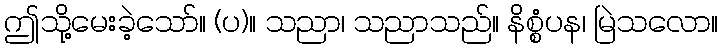
ဤသို့မေးခဲ့သော်။ (ပ)။ သညာ၊ သညာသည်။ နိစ္စံပန၊ မြဲသလော။